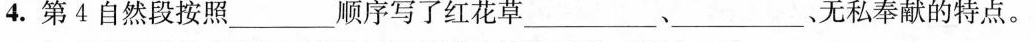
4.第4自然段按照___顺序写了红花草___、___、无私奉献的特点。